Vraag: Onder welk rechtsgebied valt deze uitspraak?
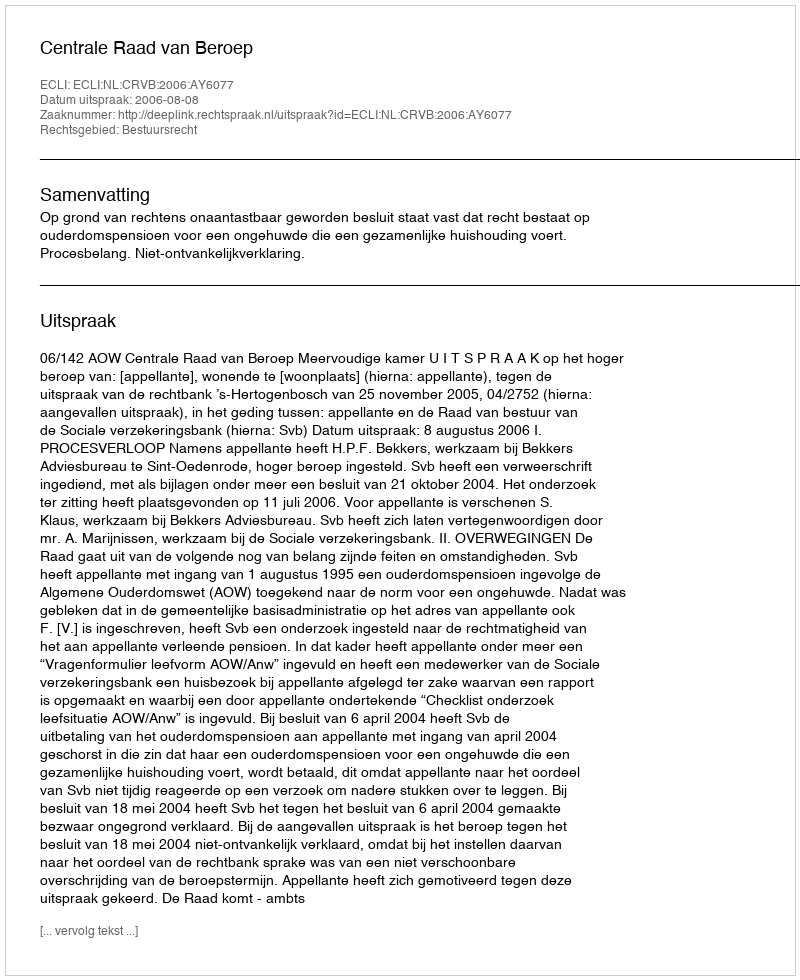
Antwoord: Bestuursrecht